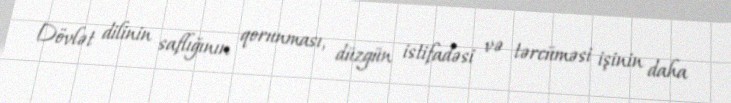
Dövlət dilinin saflığının qorunması, düzgün istifadəsi və tərcüməsi işinin daha